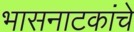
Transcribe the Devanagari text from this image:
भासनाटकांचे